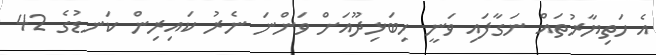
އެ ހަތިޔާރުތައް ނަގާފައި ވަނީ ހިބަޅިދޫއަށް ވަންނަ ނެރު ކައިރިން ކަނޑުގެ 42